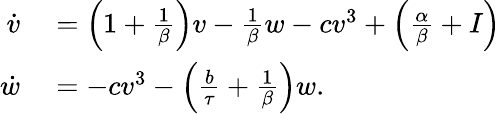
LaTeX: \begin{array}{rl}{\dot{v}}&{{}=\Big(1+\frac{1}{\beta}\Big)v-\frac{1}{\beta}w-cv^{3}+\Big(\frac{\alpha}{\beta}+I\Big)}\\ {\dot{w}}&{{}=-cv^{3}-\Big(\frac{b}{\tau}+\frac{1}{\beta}\Big)w.}\end{array}